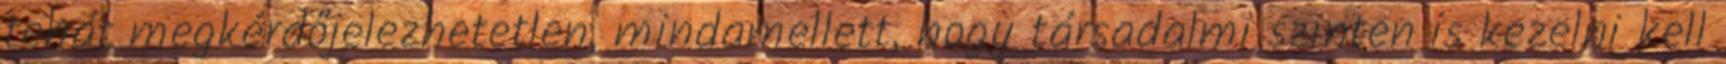
tehát megkérdőjelezhetetlen, mindamellett, hogy társadalmi szinten is kezelni kell